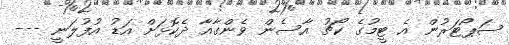
ސަޕޯޓަރުން އެ ޓީމުގެ ކޯޗު އާސެން ވެންގާއާ ދެކޮޅަށް އަޑު އުފުލަނީ ---